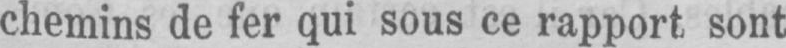
chemins de fer qui sous ce rapport sont